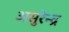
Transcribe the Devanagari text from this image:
असुरेन्द्र